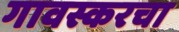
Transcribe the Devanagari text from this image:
गावस्करचा